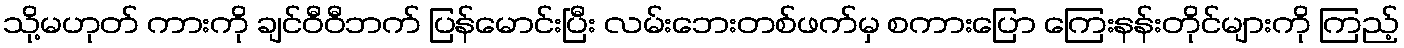
သို့မဟုတ် ကားကို ချင်ဝီဝီဘက် ပြန်မောင်းပြီး လမ်းဘေးတစ်ဖက်မှ စကားပြော ကြေးနန်းတိုင်များကို ကြည့်